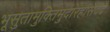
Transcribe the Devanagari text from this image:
भूसुतामुक्तिमुदारहासंवंदे